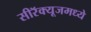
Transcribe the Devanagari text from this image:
सीरॅक्यूजमध्ये